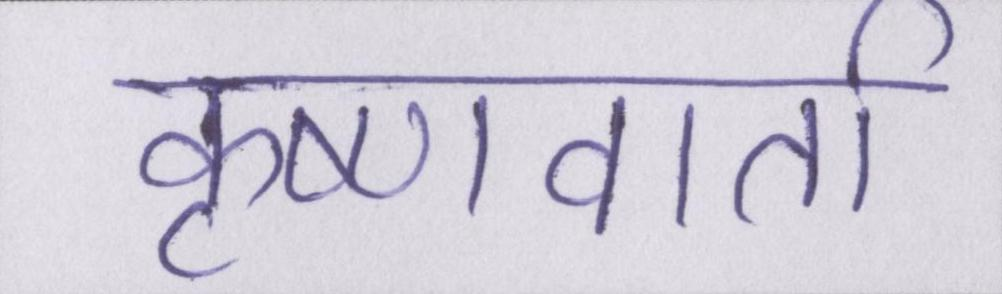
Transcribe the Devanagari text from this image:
कृष्णवार्ता